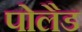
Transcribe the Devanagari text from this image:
पोलैड